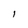
Character: I